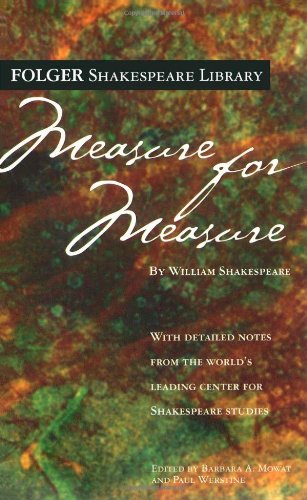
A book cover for Measure for Measure (Folger Shakespeare Library); William Shakespeare; Literature & Fiction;